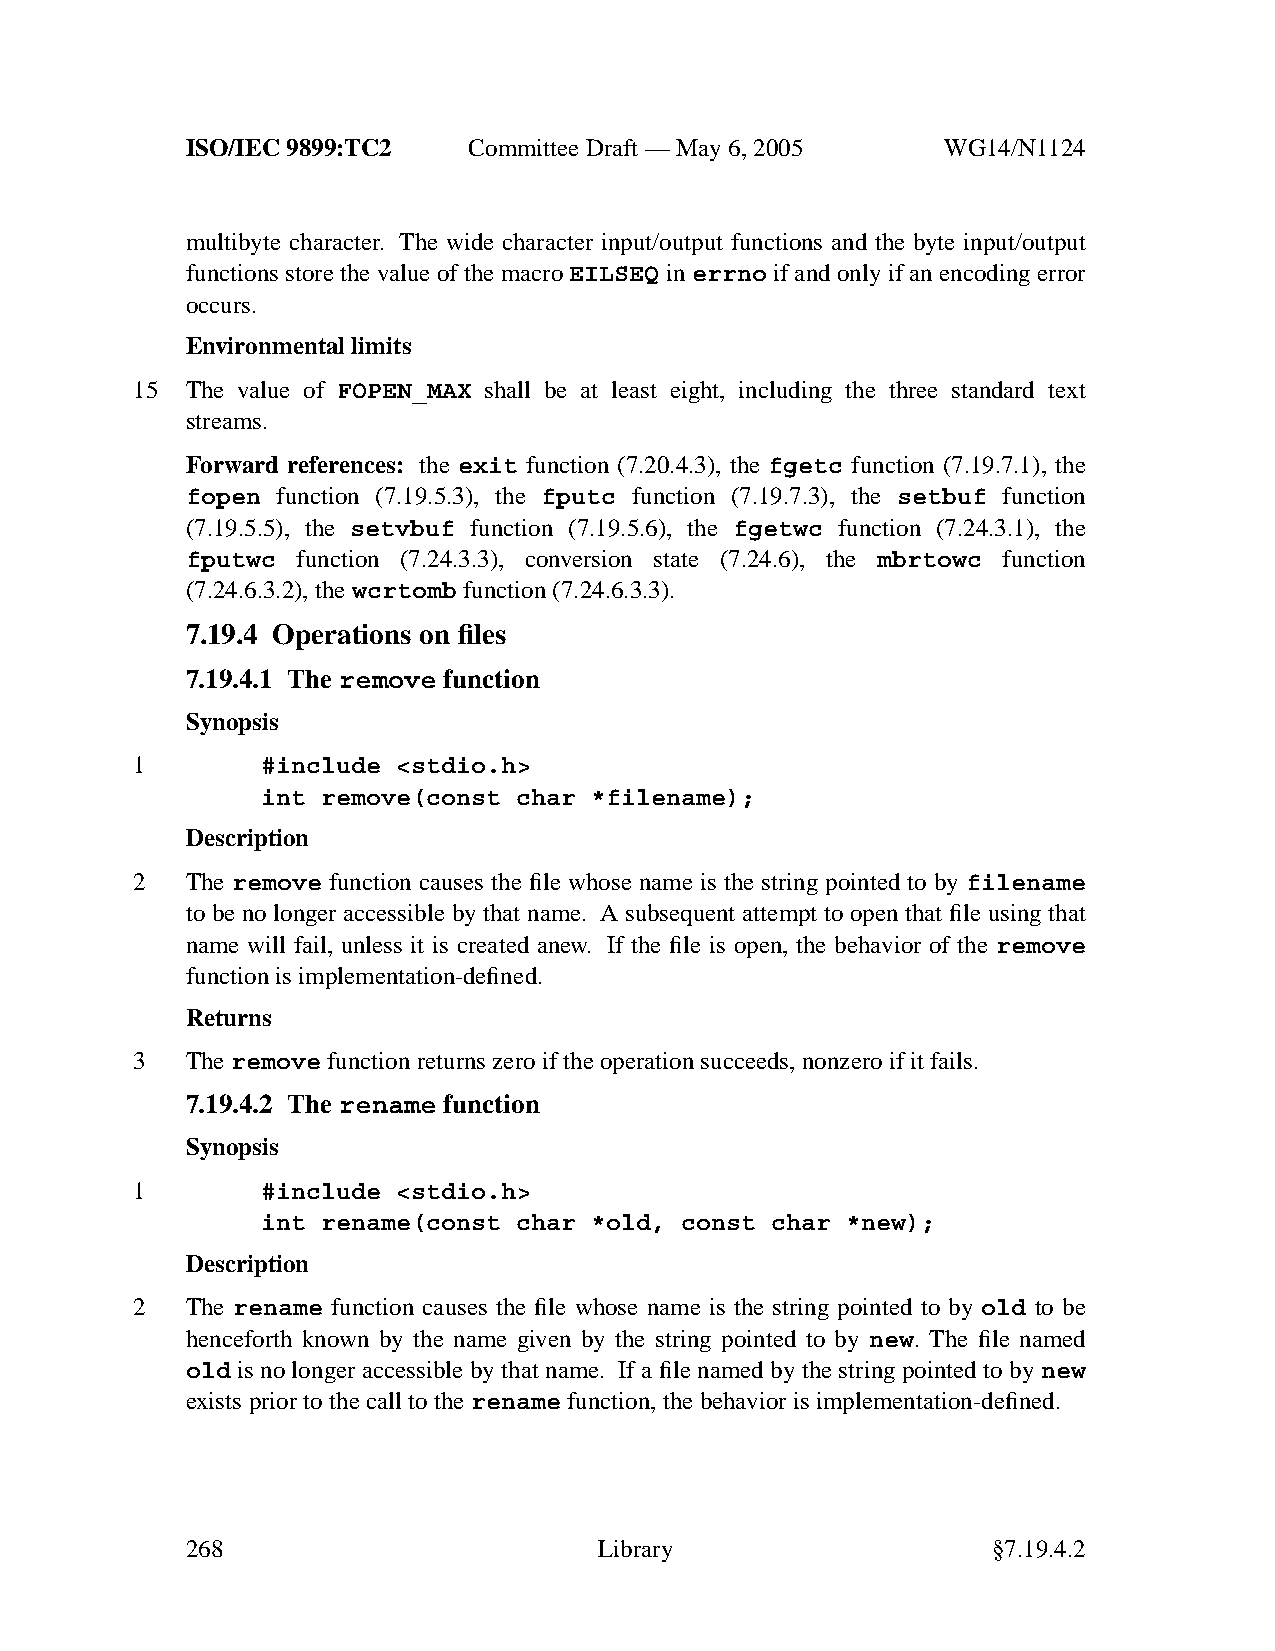
ISO/IEC 9899:TC2   Committee Draft — May 6, 2005   WG14/N1124
 multibyte character. The wide character input/output functions and the byte input/output
 functions store the value of the macro EILSEQ in errno if and only if an encoding error
 occurs.
 Environmental limits
 15 The value of FOPEN_MAX shall be at least eight, including the three standard text
 streams.
 Forward references: the exit function (7.20.4.3), the fgetc function (7.19.7.1), the
 fopen function (7.19.5.3), the fputc function (7.19.7.3), the setbuf function
 (7.19.5.5), the setvbuf function (7.19.5.6), the fgetwc function (7.24.3.1), the
 fputwc  function (7.24.3.3), conversion state (7.24.6), the mbrtowc function
 (7.24.6.3.2), thewcrtomb function (7.24.6.3.3).
 7.19.4 Operations on files
 7.19.4.1 The remove function
 Synopsis
 1       #include <stdio.h>
 int remove(const char *filename);
 Description
 2  The remove function causes the file whose name is the string pointed to by filename
 to be no longer accessible by that name. A subsequent attempt to open that file using that
 name will fail, unless it is created anew. If the file is open, the behavior of the remove
 function is implementation-defined.
 Returns
 3  Theremove function returns zero if the operation succeeds, nonzero if it fails.
 7.19.4.2 The rename function
 Synopsis
 1       #include <stdio.h>
 int rename(const char *old, const char *new);
 Description
 2  The rename function causes the file whose name is the string pointed to by old to be
 henceforth known by the name given by the string pointed to by new. The file named
 old is no longer accessible by that name. If a file named by the string pointed to by new
 exists prior to the call to therename function, the behavior is implementation-defined.
 268                         Library                   §7.19.4.2